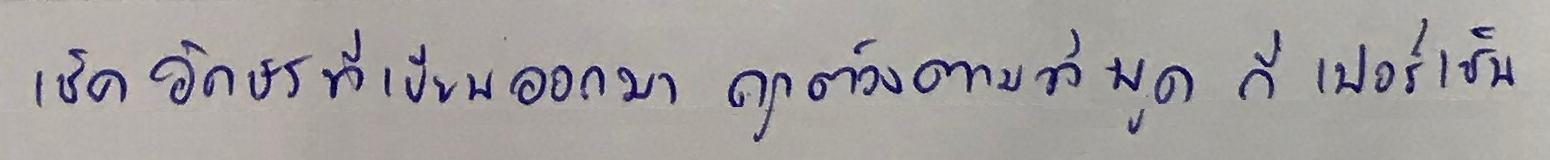
เช็ค อักษรที่เขียนออกมา ถูกต้องตามที่พูด กี่ เปอร์เซ็น